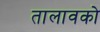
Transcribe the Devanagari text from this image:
तालावको